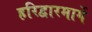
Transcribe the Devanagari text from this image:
हरिद्वारमार्गे